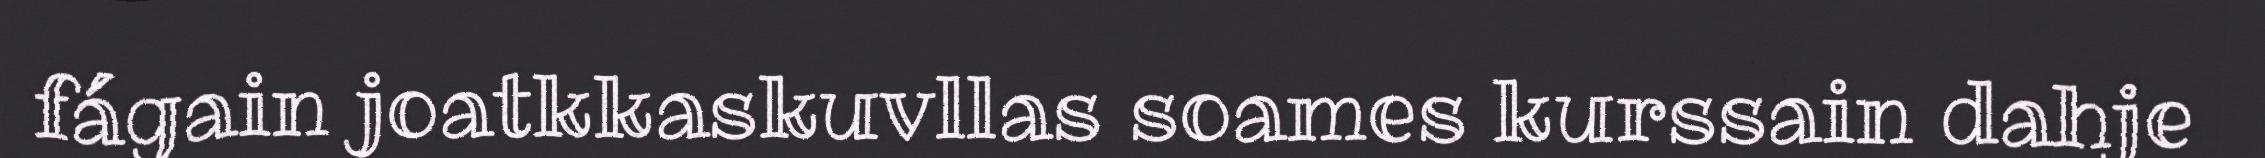
fágain joatkkaskuvllas soames kurssain dahje